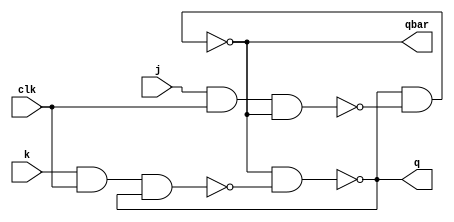
module jk_flipflop (
    q,
    qbar,
    clk,
    j,
    k
);
    input j,k,clk;
    output q,qbar;

    wire nand1_out;
    wire nand2_out;

    nand (nand1_out, j, clk, qbar);
    nand (nand2_out, k, clk, q);

    nand(q, qbar, nand2_out);
    nand(qbar, q, nand1_out);
endmodule